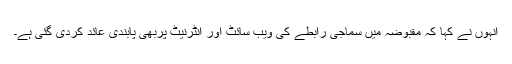
انہوں نے کہا کہ مقبوضہ میں سماجی رابطے کی ویب سائٹ اور انٹرنیٹ پربھی پابندی عائد کردی گئی ہے۔